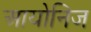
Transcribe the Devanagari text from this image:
आयोनिज